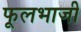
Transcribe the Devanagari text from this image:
फूलभाजी